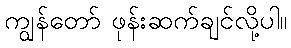
ကျွန်တော် ဖုန်းဆက်ချင်လို့ပါ။